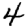
Digit: 4